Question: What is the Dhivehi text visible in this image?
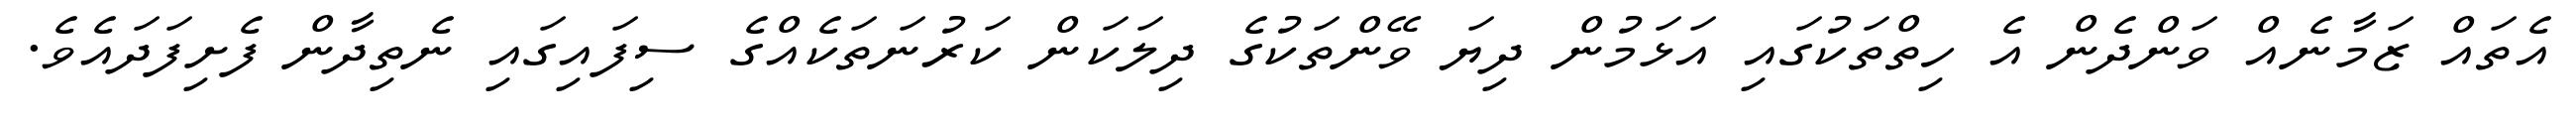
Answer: އެތައް ޒަމާނެއް ވަންދެން އެ ހިތްތަކުގައި އަޅަމުން ދިޔަ ވޭންތަކުގެ ދިލަކަން ކަރުނަތަކެއްގެ ސިފައިގައި ނެތިދާން ފެށިފަދައެވެ.